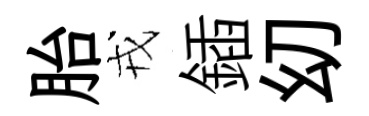
胎戎鍤㓜